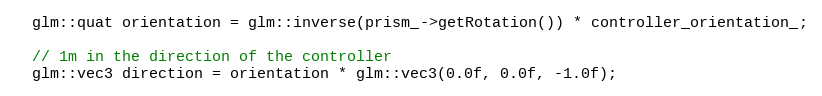
Language: C++
  glm::quat orientation = glm::inverse(prism_->getRotation()) * controller_orientation_;

  // 1m in the direction of the controller
  glm::vec3 direction = orientation * glm::vec3(0.0f, 0.0f, -1.0f);